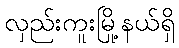
လှည်းကူးမြို့နယ်ရှိ